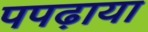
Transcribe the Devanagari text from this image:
पपढ़ाया